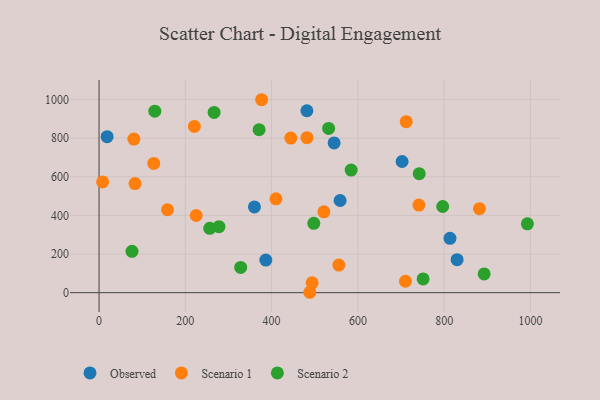
{"axis": {"x": "Ad Spend", "y": "Rating"}, "legend": ["Observed", "Scenario 1", "Scenario 2"], "data": [{"x": "558.8", "y": 477.1, "type": "Observed"}, {"x": "544.9", "y": 775.1, "type": "Observed"}, {"x": "18.7", "y": 807.4, "type": "Observed"}, {"x": "360.2", "y": 443.8, "type": "Observed"}, {"x": "481.8", "y": 941.7, "type": "Observed"}, {"x": "702.5", "y": 679.0, "type": "Observed"}, {"x": "386.6", "y": 168.8, "type": "Observed"}, {"x": "830.0", "y": 170.9, "type": "Observed"}, {"x": "813.5", "y": 281.1, "type": "Observed"}, {"x": "710.3", "y": 59.0, "type": "Scenario 1"}, {"x": "521.2", "y": 418.6, "type": "Scenario 1"}, {"x": "158.7", "y": 429.2, "type": "Scenario 1"}, {"x": "126.8", "y": 669.2, "type": "Scenario 1"}, {"x": "8.3", "y": 573.1, "type": "Scenario 1"}, {"x": "712.0", "y": 885.0, "type": "Scenario 1"}, {"x": "221.0", "y": 860.8, "type": "Scenario 1"}, {"x": "494.0", "y": 50.7, "type": "Scenario 1"}, {"x": "83.4", "y": 564.9, "type": "Scenario 1"}, {"x": "376.9", "y": 998.9, "type": "Scenario 1"}, {"x": "741.5", "y": 453.6, "type": "Scenario 1"}, {"x": "225.2", "y": 399.6, "type": "Scenario 1"}, {"x": "80.7", "y": 795.1, "type": "Scenario 1"}, {"x": "444.6", "y": 800.4, "type": "Scenario 1"}, {"x": "881.8", "y": 434.6, "type": "Scenario 1"}, {"x": "555.9", "y": 143.0, "type": "Scenario 1"}, {"x": "410.1", "y": 485.6, "type": "Scenario 1"}, {"x": "482.0", "y": 802.3, "type": "Scenario 1"}, {"x": "488.6", "y": 2.0, "type": "Scenario 1"}, {"x": "532.2", "y": 850.3, "type": "Scenario 2"}, {"x": "497.8", "y": 358.8, "type": "Scenario 2"}, {"x": "278.0", "y": 341.7, "type": "Scenario 2"}, {"x": "328.3", "y": 130.7, "type": "Scenario 2"}, {"x": "266.7", "y": 933.0, "type": "Scenario 2"}, {"x": "751.2", "y": 71.1, "type": "Scenario 2"}, {"x": "129.3", "y": 939.7, "type": "Scenario 2"}, {"x": "892.7", "y": 97.2, "type": "Scenario 2"}, {"x": "584.4", "y": 634.7, "type": "Scenario 2"}, {"x": "796.6", "y": 446.1, "type": "Scenario 2"}, {"x": "256.6", "y": 332.9, "type": "Scenario 2"}, {"x": "742.2", "y": 616.2, "type": "Scenario 2"}, {"x": "76.4", "y": 213.8, "type": "Scenario 2"}, {"x": "371.0", "y": 843.9, "type": "Scenario 2"}, {"x": "992.9", "y": 356.3, "type": "Scenario 2"}]}